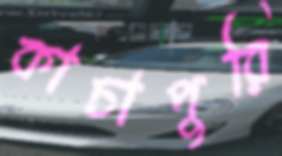
কাচাপুরি